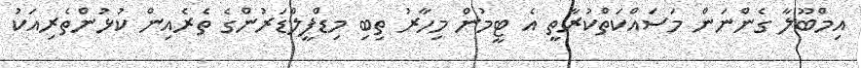
އިމްބޫލާ ގެންނަން މަސައްކަތްކުރާތީ އެ ޓީމުން މިހާރު ތިބި މިޑްފީލްޑަރުންގެ ތެރެއިން ކުޅުންތެރިއަކު